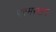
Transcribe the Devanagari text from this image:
परमस्थान